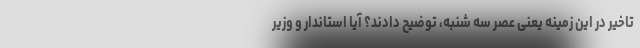
تاخیر در این زمینه یعنی عصر سه شنبه، توضیح دادند؟ آیا استاندار و وزیر